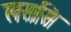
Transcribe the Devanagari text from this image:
लससि